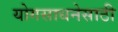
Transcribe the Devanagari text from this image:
योगसाधनेसाठी